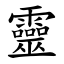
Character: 靈